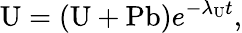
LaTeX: \mathrm{U}=\left(\mathrm{U}+\mathrm{Pb}\right)e^{-\lambda_{\mathrm{U}}t},